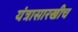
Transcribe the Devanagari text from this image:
यंत्रासारखीच